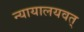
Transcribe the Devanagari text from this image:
न्यायालयवत्